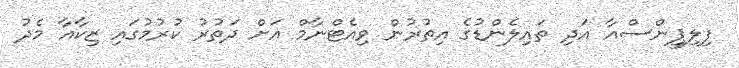
ފިލިޕީންސްއާ އަދި ތައިލެންޑުގެ އިތުރުން ވިއެޓްނާމް އަށް ދަތުރު ކުރުމުގައި ޒިކާއާ މެދު